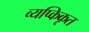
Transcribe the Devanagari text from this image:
व्यप्किकृत